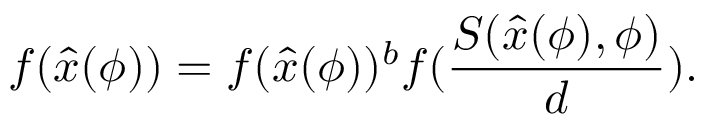
f ( \hat { x } ( \phi ) ) = f ( \hat { x } ( \phi ) ) ^ { b } f ( \frac { S ( \hat { x } ( \phi ) , \phi ) } { d } ) .